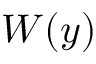
W ( y )